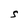
Character: S